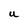
Character: U